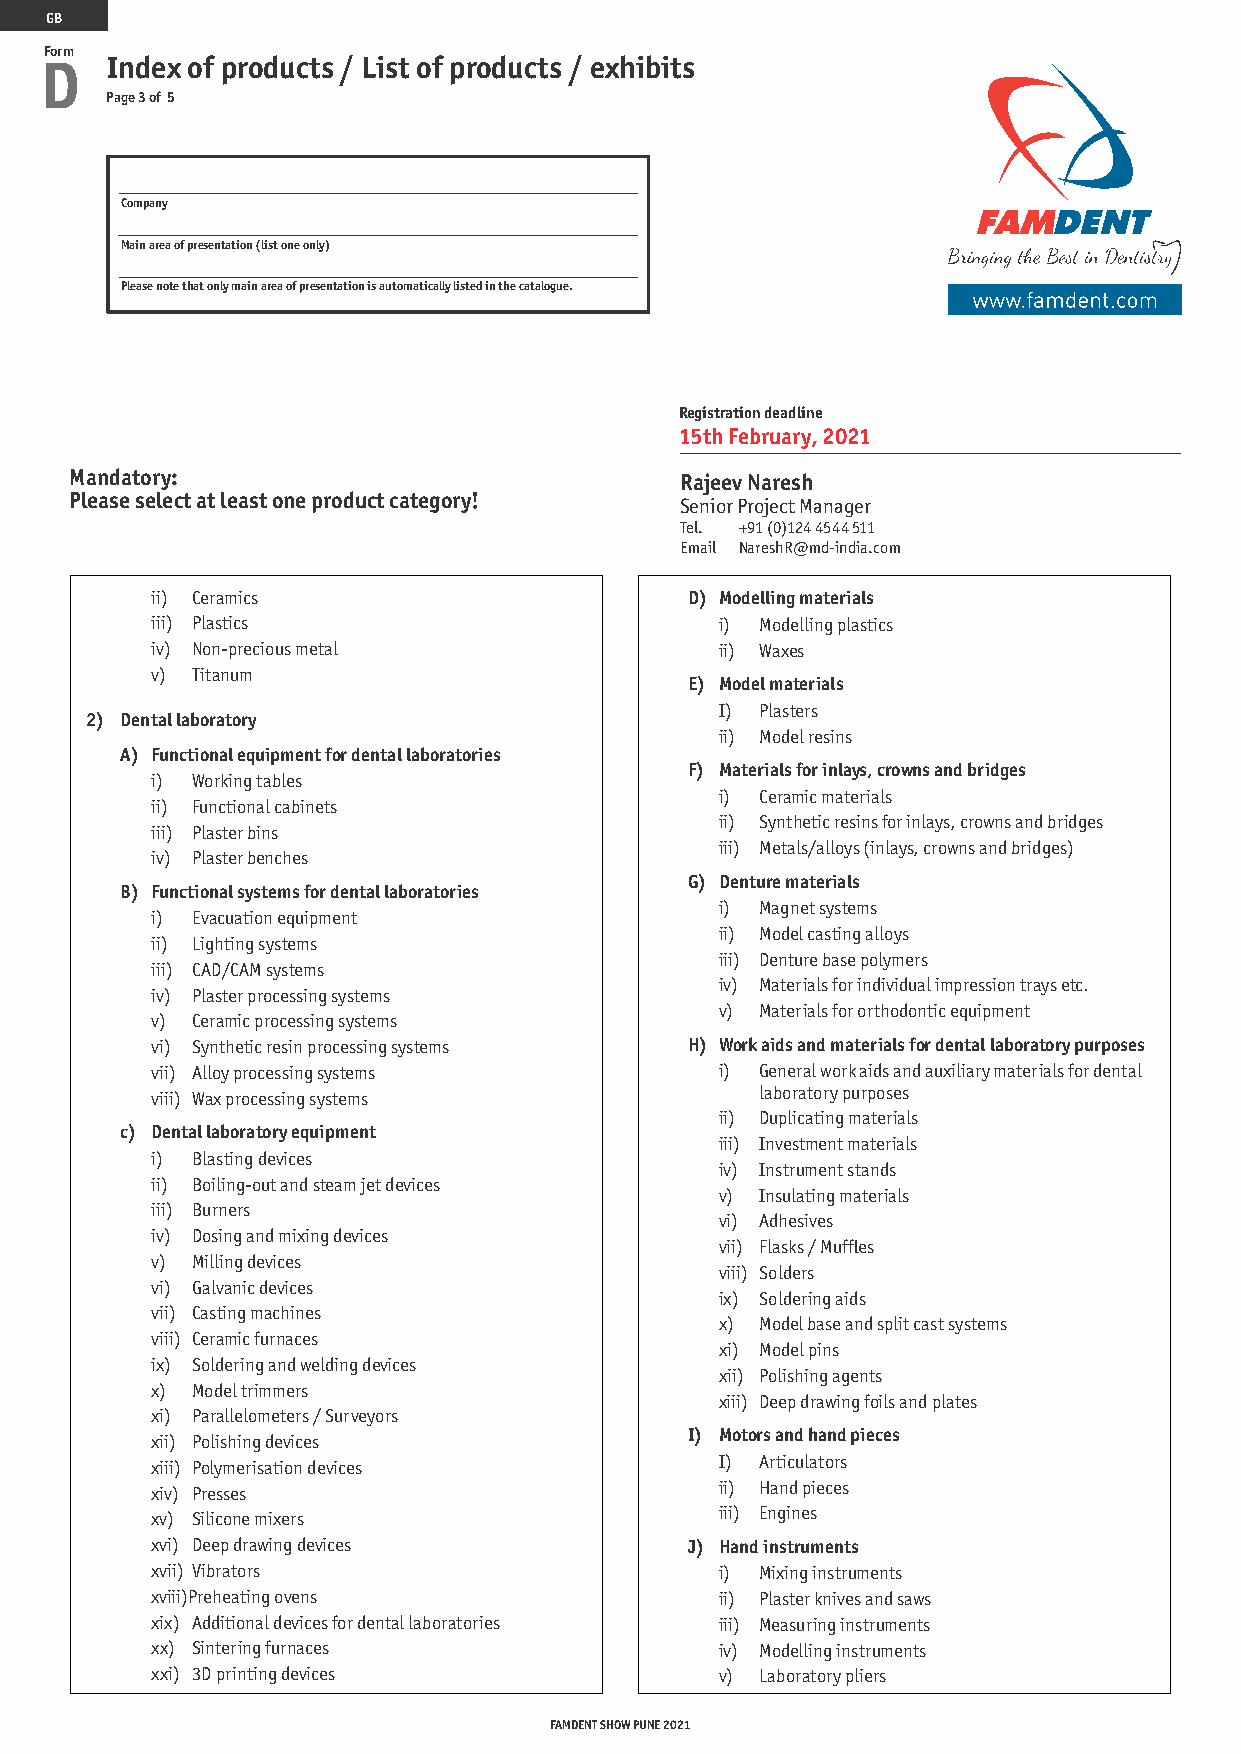
GB
 Form
 D   Index of products / List of products / exhibits
 Page 3 of 5
 Company
 Main area of presentation (list one only)
 Please note that only main area of presentation is automatically listed in the catalogue.
 Registration deadline
 15th February, 2021
 Mandatory:                              Rajeev Naresh
 Please select at least one product category!
 Senior Project Manager
 Tel. +91 (0)124 4544 511
 Email NareshR@md-india.com
 ii) Ceramics                       D) Modelling materials
 iii) Plastics                         i) Modelling plastics
 iv) Non-precious metal                ii) Waxes
 v) Titanum
 E) Model materials
 I) Plasters
 2) Dental laboratory
 ii) Model resins
 A) Functional equipment for dental laboratories
 F) Materials for inlays, crowns and bridges
 i) Working tables
 i) Ceramic materials
 ii) Functional cabinets
 ii) Synthetic resins for inlays, crowns and bridges
 iii) Plaster bins
 iii) Metals/alloys (inlays, crowns and bridges)
 iv) Plaster benches
 G) Denture materials
 B) Functional systems for dental laboratories
 i) Magnet systems
 i) Evacuation equipment
 ii) Model casting alloys
 ii) Lighting systems
 iii) Denture base polymers
 iii) CAD/CAM systems
 iv) Materials for individual impression trays etc.
 iv) Plaster processing systems
 v) Materials for orthodontic equipment
 v) Ceramic processing systems
 vi) Synthetic resin processing systems H) Work aids and materials for dental laboratory purposes
 vii) Alloy processing systems         i) General work aids and auxiliary materials for dental
 viii) Wax processing systems            laboratory purposes
 ii) Duplicating materials
 c) Dental laboratory equipment
 iii) Investment materials
 i) Blasting devices
 iv) Instrument stands
 ii) Boiling-out and steam jet devices
 v) Insulating materials
 iii) Burners
 vi) Adhesives
 iv) Dosing and mixing devices
 vii) Flasks / Muffles
 v) Milling devices
 viii) Solders
 vi) Galvanic devices
 ix) Soldering aids
 vii) Casting machines
 x) Model base and split cast systems
 viii) Ceramic furnaces
 xi) Model pins
 ix) Soldering and welding devices
 xii) Polishing agents
 x) Model trimmers
 xiii) Deep drawing foils and plates
 xi) Parallelometers / Surveyors
 I) Motors and hand pieces
 xii) Polishing devices
 xiii) Polymerisation devices          I) Articulators
 xiv) Presses                          ii) Hand pieces
 xv) Silicone mixers                   iii) Engines
 xvi) Deep drawing devices          J) Hand instruments
 xvii) Vibrators                       i) Mixing instruments
 xviii)Preheating ovens                ii) Plaster knives and saws
 xix) Additional devices for dental laboratories iii) Measuring instruments
 xx) Sintering furnaces                iv) Modelling instruments
 xxi) 3D printing devices              v) Laboratory pliers
 FAMDENT SHOW PUNE 2021